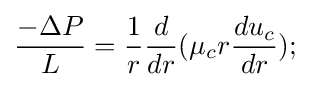
{\frac {-\Delta P}{L}}={\frac {1}{r}}{\frac {d}{dr}}(\mu _{c}r{\frac {du_{c}}{dr}});